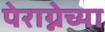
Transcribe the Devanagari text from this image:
पेराग्नेच्या